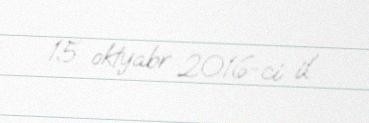
15 oktyabr 2016-ci il